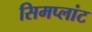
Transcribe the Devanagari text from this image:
सिमप्लांट